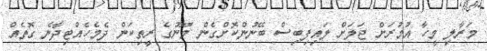
މަރާލި މީހާ އުމުރަށް ޖަލަށް ލައިފިބިސް ބޭނުންކޮށްގެން މޫނުގެ ރީތިކަން ދެމެހެއްޓިދާނެ ގޮތެއް